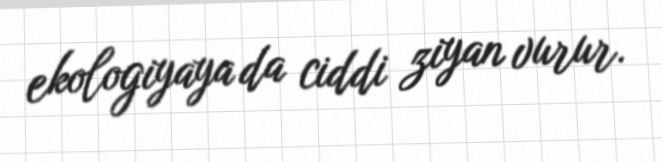
ekologiyaya da ciddi ziyan vurur.